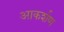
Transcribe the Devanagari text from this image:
आकर्शण